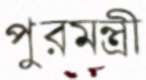
পুরমন্ত্রী